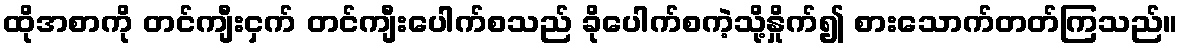
ထိုအစာကို တင်ကျီးငှက် တင်ကျီးပေါက်စသည် ခိုပေါက်စကဲ့သို့နှိုက်၍ စားသောက်တတ်ကြသည်။